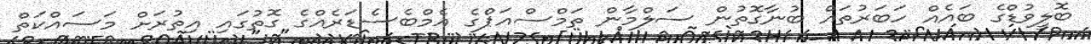
ބޮލީވުޑްގެ ބައެއް ހަބަރުތައް ބުނާގޮތުން ސަލްމާން ތަމްސްއަޕްގެ އެމްބެސެޑަރެއްގެ ގޮތުގައި އިތުރަށް މަސައްކަތް